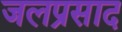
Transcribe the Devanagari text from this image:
जलप्रसाद